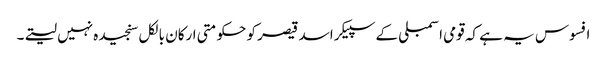
افسوس یہ ہے کہ قومی اسمبلی کے سپیکر اسد قیصر کو حکومتی ارکان بالکل سنجیدہ نہیں لیتے۔